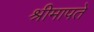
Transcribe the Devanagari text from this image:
श्रीमापते